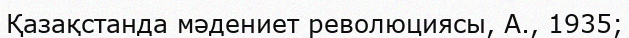
Қазақстанда мәдениет революциясы, А., 1935;